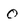
Character: O